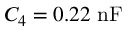
C _ { 4 } = 0 . 2 2 ~ \mathrm { n F }